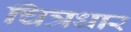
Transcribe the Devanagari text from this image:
चित्रधार